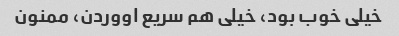
خیلی خوب بود، خیلی هم سریع اووردن، ممنون